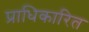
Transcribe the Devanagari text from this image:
प्राधिकारित